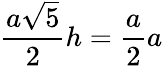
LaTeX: \frac{a\sqrt{5}}{2}h=\frac{a}{2}a